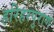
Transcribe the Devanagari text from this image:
हरिहरपुराण